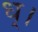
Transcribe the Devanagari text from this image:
ध्।